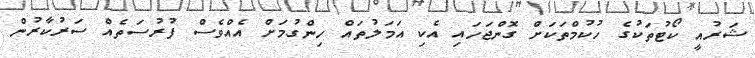
ޝަރުއީ ކޯޓުތަކުގެ ހުކުމްތަކަށް ގޮންޖަހައި އެކި އަމަލުތައް ހިންގުމަށް އެއްވެސް ފުރުސަތެއް ސަރުކާރުން